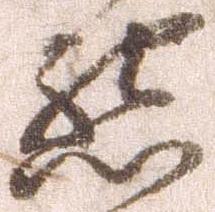
懇